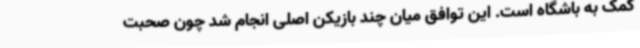
کمک به باشگاه است. این توافق میان چند بازیکن اصلی انجام شد چون صحبت